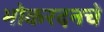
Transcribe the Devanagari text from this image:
भोकरदनचे